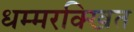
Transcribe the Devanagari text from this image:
धम्मरक्खित